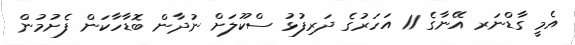
އެމީ ގާޑްނަރ އޭނާގެ 11 އަހަރުގެ ދަރިފުޅު ސްކޫލަށް ނުދާން ބޮޑާހާކަން ފެށުމުން